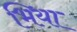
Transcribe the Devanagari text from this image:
भिया